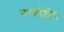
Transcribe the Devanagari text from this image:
नार्कोझेप